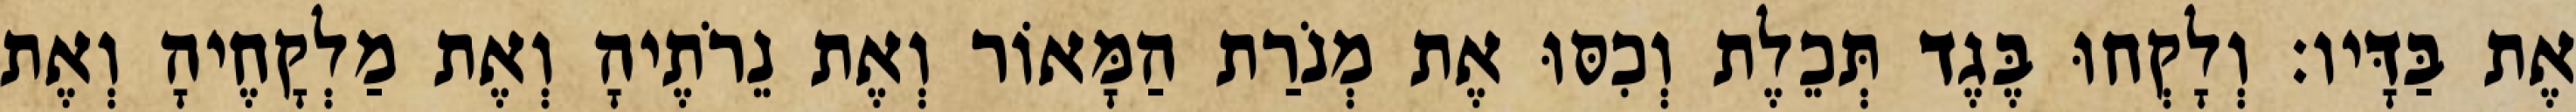
אֶת בַּדָּיו׃ וְלָקְחוּ בֶּגֶד תְּכֵלֶת וְכִסּוּ אֶת מְנֹרַת הַמָּאוֹר וְאֶת נֵרֹתֶיהָ וְאֶת מַלְקָחֶיהָ וְאֶת